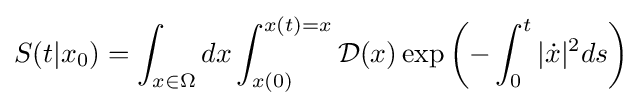
S(t|x_{0})=\int _{x\in \Omega }dx\int _{x(0)}^{x(t)=x}{\mathcal {D}}(x)\exp \left(-\int _{0}^{t}|{\dot {x}}|^{2}ds\right)